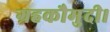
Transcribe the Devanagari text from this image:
ग्रहकौमुदी।